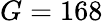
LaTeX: G=168